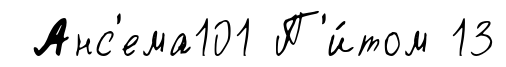
Анс'ема101 П'и́том 13